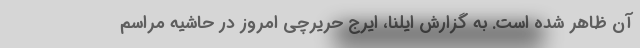
آن ظاهر شده است. به گزارش ایلنا، ایرج حریرچی امروز در حاشیه مراسم